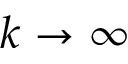
k \to \infty